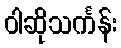
ဝါဆိုသင်္ကန်း